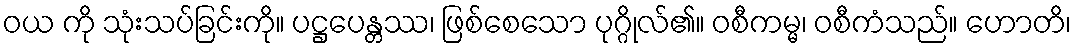
ဝယ ကို သုံးသပ်ခြင်းကို။ ပဋ္ဌပေန္တဿ၊ ဖြစ်စေသော ပုဂ္ဂိုလ်၏။ ဝစီကမ္မ၊ ဝစီကံသည်။ ဟောတိ၊